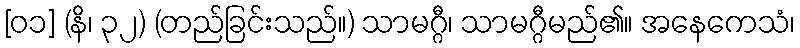
[၀၁] (နိ၊ ၃၂) (တည်ခြင်းသည်။) သာမဂ္ဂီ၊ သာမဂ္ဂီမည်၏။ အနေကေသံ၊